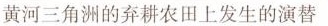
黄河三角洲的弃耕农田上发生的演替